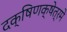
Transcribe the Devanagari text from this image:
दक्षिणक्षेत्रमे